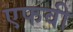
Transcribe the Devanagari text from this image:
एफवी